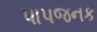
પાપજનક